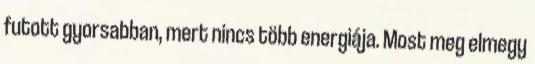
futott gyorsabban, mert nincs több energiája. Most meg elmegy